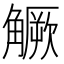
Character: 𧤼